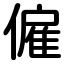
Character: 僱